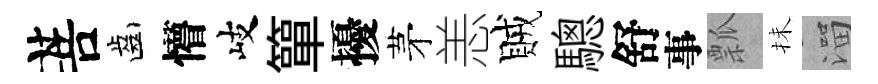
菩齒懵岐簞擾茅恙賊驄舒事瓢抺溜